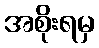
အစိုးရမှ